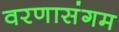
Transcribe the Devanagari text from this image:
वरणासंगम